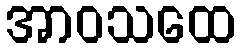
အာဝသထေ